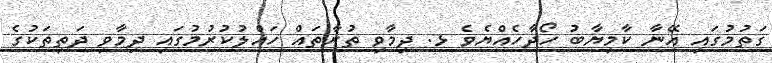
ގަތުމުގައި އޭނާ ކާމިޔާބު ހޯދާހެއްޔެވެ ޅ. ދިމާވި ތުރާތައް ހައްލުކުރުމުގައި ދިމާވި ދަތިތަކުގެ